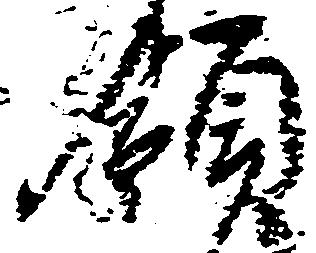
領